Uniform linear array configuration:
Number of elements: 48
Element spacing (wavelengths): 0.5
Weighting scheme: binomial
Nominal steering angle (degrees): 0
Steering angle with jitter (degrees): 0.932
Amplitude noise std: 0.05
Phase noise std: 0.05

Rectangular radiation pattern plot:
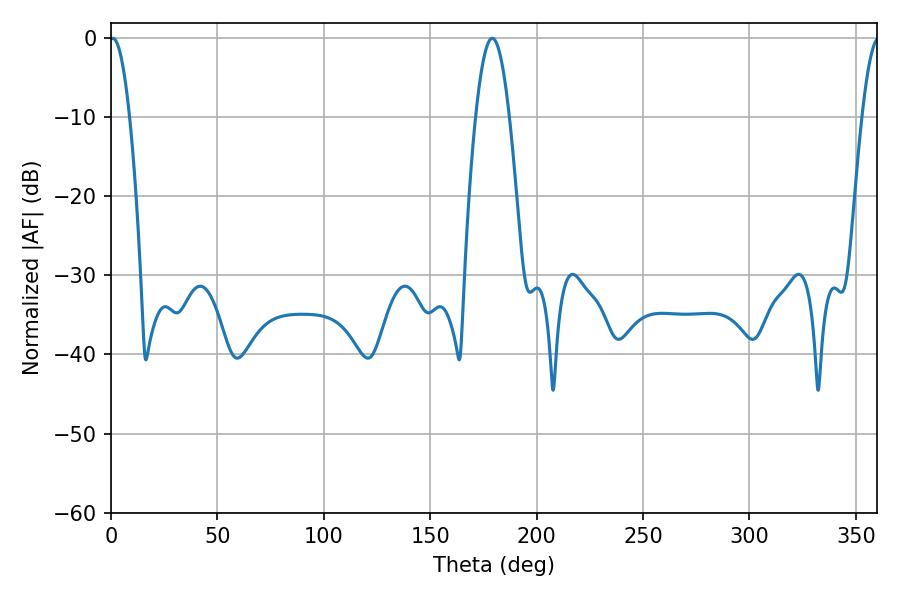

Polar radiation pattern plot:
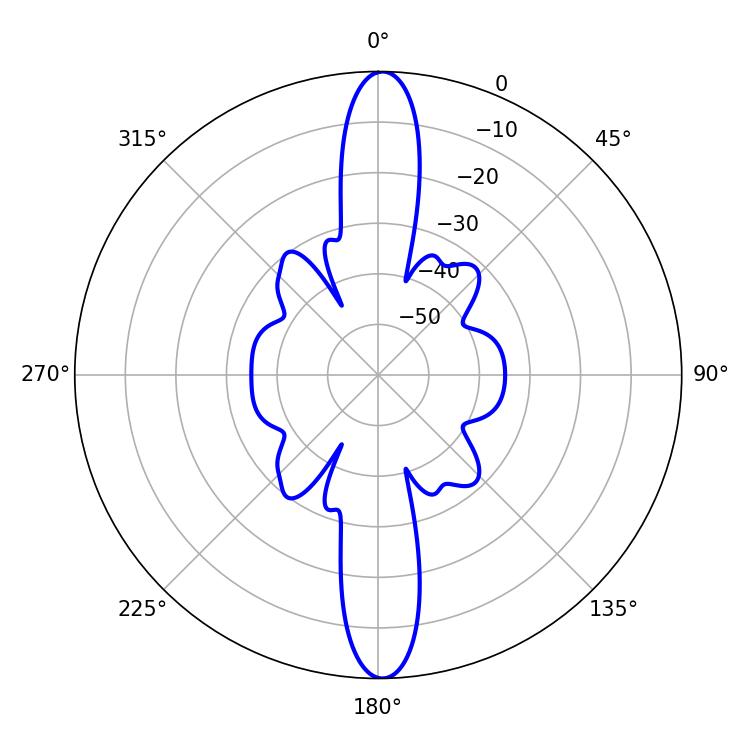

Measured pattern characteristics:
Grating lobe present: FALSE
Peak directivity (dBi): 26.678
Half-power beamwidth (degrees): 5.04
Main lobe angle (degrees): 0.9